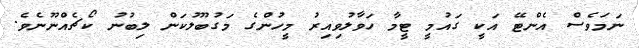
ނަމަވެސް އެންޓޭ އަކީ ގައުމީ ޓީމާ ހަވާލުވިއިރު މީހުންގެ މަގުބޫލުކަން ލިބުނު ކޯޗެއްނޫނެވެ.